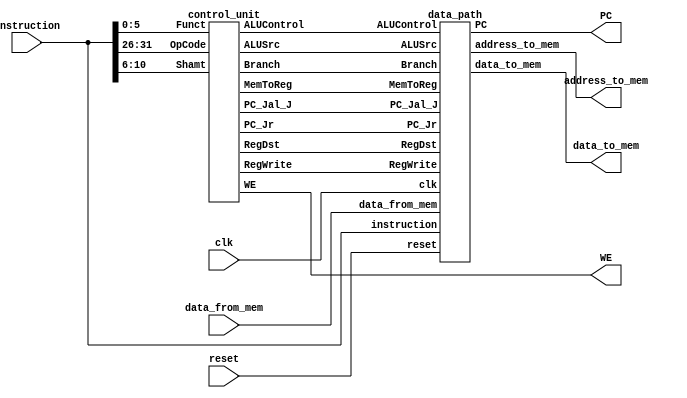
module processor( input         clk, reset,
                  output [31:0] PC,
                  input  [31:0] instruction,
                  output        WE,
                  output [31:0] address_to_mem,
                  output [31:0] data_to_mem,
                  input  [31:0] data_from_mem
                );

    wire 		PC_Jal_J;
    wire 		PC_Jr;
    wire 		Branch;
    wire 		RegWrite;
    wire 		MemToReg;
    wire 		RegDst;
    wire 		ALUSrc;
    wire [3:0]  ALUControl;

    control_unit control_inst(instruction[31:26], 
    						  instruction[5:0], 
    						  instruction[10:6], 
    						  PC_Jal_J, 
    						  PC_Jr, 
    						  Branch, 
    						  RegWrite, 
    						  MemToReg, 
    						  WE, 
    						  RegDst, 
    						  ALUSrc, 
    						  ALUControl);

    data_path  execution_inst(clk, 
    					      reset, 
    					      instruction, 
    					      data_from_mem, 
    					      ALUControl, 
    					      PC_Jal_J, 
    					      PC_Jr, 
    					      Branch, 
    					      RegWrite, 
    					      MemToReg, 
    					      RegDst, 
    					      ALUSrc, 
    					      PC, 
    					      address_to_mem, 
    					      data_to_mem);
endmodule


//-------------------------------------------------------------------
//control unit for control path - ok
module control_unit (input [5:0] OpCode,
					 input [5:0] Funct,
					 input [4:0] Shamt,
					 output reg PC_Jal_J, PC_Jr, Branch, RegWrite, MemToReg, WE, RegDst, ALUSrc,
					 output reg [3:0] ALUControl);
always @(OpCode or Funct or Shamt) begin
	case(OpCode)
		6'b000010 :	begin		//j - ok
			{PC_Jal_J, PC_Jr, Branch, RegWrite, WE, MemToReg, ALUSrc, ALUControl, RegDst} = 12'b100000000000;
		end

		6'b000011 :	begin		//jal - ok
			{PC_Jal_J, PC_Jr, Branch, RegWrite, WE, MemToReg, ALUSrc, ALUControl, RegDst} = 12'b100100000000;
		end

		6'b000111 :	begin		//jr - ok
			{PC_Jal_J, PC_Jr, Branch, RegWrite, WE, MemToReg, ALUSrc, ALUControl, RegDst} = 12'b010000000000;
		end

		6'b000100 :	begin		//beq - ok
			{PC_Jal_J, PC_Jr, Branch, RegWrite, WE, MemToReg, ALUSrc, ALUControl, RegDst} = 12'b001000001100;
		end

		6'b100011 :	begin		//lw - ok
			{PC_Jal_J, PC_Jr, Branch, RegWrite, WE, MemToReg, ALUSrc, ALUControl, RegDst} = 12'b000101100100;
		end

		6'b101011 :	begin		//sw - ok
			{PC_Jal_J, PC_Jr, Branch, RegWrite, WE, MemToReg, ALUSrc, ALUControl, RegDst} = 12'b000010100100;
		end

		6'b001000 :	begin		//addi - ok
			{PC_Jal_J, PC_Jr, Branch, RegWrite, WE, MemToReg, ALUSrc, ALUControl, RegDst} = 12'b000100100100;
		end

		6'b011111 :	begin		//.qb - ok
			if (Funct == 6'b010000) begin
				case (Shamt) 
					5'b00000 : begin 		//addu - ok
						{PC_Jal_J, PC_Jr, Branch, RegWrite, WE, MemToReg, ALUSrc, ALUControl, RegDst} = 12'b000100010001;
					end

					5'b00100 : begin 		//addu_s - ok
						{PC_Jal_J, PC_Jr, Branch, RegWrite, WE, MemToReg, ALUSrc, ALUControl, RegDst} = 12'b000100010011;
					end

					default : begin 	    //ERROR || nop - ok
						{PC_Jal_J, PC_Jr, Branch, RegWrite, WE, MemToReg, ALUSrc, ALUControl, RegDst} = 12'b000000000000;
					end
				endcase					
			end else begin 		//ERROR || nop - ok
				{PC_Jal_J, PC_Jr, Branch, RegWrite, WE, MemToReg, ALUSrc, ALUControl, RegDst} = 12'b000000000000;
			end
		end

		6'b000000 :	begin		//R - ok
			case (Funct) 
				6'b100000 : begin 		//add - ok
					{PC_Jal_J, PC_Jr, Branch, RegWrite, WE, MemToReg, ALUSrc, ALUControl, RegDst} = 12'b000100000101;
				end

				6'b100010 : begin 		//sub - ok
					{PC_Jal_J, PC_Jr, Branch, RegWrite, WE, MemToReg, ALUSrc, ALUControl, RegDst} = 12'b000100001101;
				end 

				6'b100100 : begin 		//and - ok
					{PC_Jal_J, PC_Jr, Branch, RegWrite, WE, MemToReg, ALUSrc, ALUControl, RegDst} = 12'b000100000001;
				end

				6'b100101 : begin 		//or - ok
					{PC_Jal_J, PC_Jr, Branch, RegWrite, WE, MemToReg, ALUSrc, ALUControl, RegDst} = 12'b000100000011;
				end

				6'b101010 : begin 		//slt - ok
					{PC_Jal_J, PC_Jr, Branch, RegWrite, WE, MemToReg, ALUSrc, ALUControl, RegDst} = 12'b000100001111;
				end

				6'b000100 : begin 		//sllv - ok
					{PC_Jal_J, PC_Jr, Branch, RegWrite, WE, MemToReg, ALUSrc, ALUControl, RegDst} = 12'b000100010101;
				end

				6'b000110 : begin 		//srlv - ok
					{PC_Jal_J, PC_Jr, Branch, RegWrite, WE, MemToReg, ALUSrc, ALUControl, RegDst} = 12'b000100010111;
				end	
				
				6'b000111 : begin 		//srav - ok
					{PC_Jal_J, PC_Jr, Branch, RegWrite, WE, MemToReg, ALUSrc, ALUControl, RegDst} = 12'b000100011001;
				end

				default : begin 		//ERROR || nop - ok
					{PC_Jal_J, PC_Jr, Branch, RegWrite, WE, MemToReg, ALUSrc, ALUControl, RegDst} = 12'b000000000000;
				end	
			endcase
		end

		default : begin 	    //ERROR || nop - ok
			{PC_Jal_J, PC_Jr, Branch, RegWrite, WE, MemToReg, ALUSrc, ALUControl, RegDst} = 12'b000000000000;
		end
	endcase	
end
endmodule

//-------------------------------------------------------------------
//control unit for data path - ?
module data_path (input  		clk, reset,
				  input  [31:0] instruction,
				  input  [31:0] data_from_mem,
				  input  [3:0]  ALUControl,
				  input         PC_Jal_J, PC_Jr, Branch, RegWrite, MemToReg, RegDst, ALUSrc,
				  output [31:0] PC,
				  output [31:0] address_to_mem,
				  output [31:0] data_to_mem);
wire 		PC_Beq;
wire 		Zero;
wire [31:0] SrcA;
wire [31:0] SrcB;
wire [31:0] PC_Jal_J_v;
wire [31:0] PC_Beq_v;
wire [31:0] PCPlus4;
wire [31:0] PCNext;
wire [31:0] ExtData;
wire [31:0] ExtData4;
wire [31:0] Resault;
wire [31:0] WD3;
wire [4:0]  A3;
wire [4:0]  A3Dst;

alu 			alu32bit   (ALUControl, 			//ALUControl
							SrcA, 					//SrcA
							SrcB, 					//SrcB
							address_to_mem, 		//ALUResult
							Zero);					//Zero

file_register 	registers  (WD3, 					//WriteData_3
							instruction[25:21], 	//A1
							instruction[20:16], 	//A2
							A3, 					//A3
							RegWrite, 				//WriteEnable_3
							clk, 					//clk
							SrcA, 					//RegistrData_1
							data_to_mem);			//RegistrData_2

summator_32    PCsummator  (PC,									  	//Data_0
							32'b00000000000000000000000000000100, 	//Data_1	
							PCPlus4);								//ReturnData

summator_32   BEQsummator  (ExtData4,								//Data_0 
							PCPlus4, 								//Data_1
							PC_Beq_v);								//ReturnData

and_1x1        andBeqZero  (Zero, 			//Data_0
							Branch, 		//Data_1
							PC_Beq);    	//ReturnData

pc_jal_j  PC_Jal_J_vector  (PCPlus4[31:28],  		//PcLeft_4
							instruction[25:0],		//Imm_26 
							PC_Jal_J_v);			//Pc_Jal_J

sign_ext       signed_ext  (instruction[15:0], 		//imm_16
							ExtData);				//imm_32

left_shift_2  	     ls_2  (ExtData, 				//InputNum
							ExtData4);				//OutputNum

mux_5_5      mux_WriteDst  (RegDst,					//Control
							instruction[20:16],		//Data_0
							instruction[15:11],		//Data_1
							A3Dst);					//ReturnData

mux_5_5 mux_WriteJalOrDst  (PC_Jal_J,				//Control
							A3Dst,					//Data_0
							5'b11111,				//Data_1
							A3);					//ReturnData

mux_32_32 mux_WriteDataReg (PC_Jal_J,				//Control
							Resault,				//Data_0
							PCPlus4,				//Data_1
							WD3);					//ReturnData

mux_32_32      mux_ALUSrc  (ALUSrc,					//Control
							data_to_mem,			//Data_0
							ExtData,				//Data_1
							SrcB);					//ReturnData

mux_32_32    mux_MemToReg  (MemToReg,				//Control
							address_to_mem,			//Data_0
							data_from_mem,			//Data_1
							Resault);				//ReturnData

mux_PC		mux_PCounter   (PC_Jr,					//jr
							PC_Jal_J,				//jal_j
							PC_Beq,					//beq
							SrcA,					//jr_pc
							PC_Jal_J_v,				//jal_j_pc
							PC_Beq_v,				//beq_pc
							PCPlus4,				//pointer_pc
							PCNext);				//Ret_pc

PCounter   CounterControl  (PCNext,					//newPC
							clk,					//clk
							reset,					//reset
							PC);					//PC

endmodule

//-------------------------------------------------------------------
//alu controller - ok
module alu (input 	   [3:0]  ALUControl,
            input 	   [31:0] SrcA, SrcB,
            output reg [31:0] ALUResult,
            output reg 		  Zero );

	//SrcA == s
	//SrcA == t

    always @(ALUControl or SrcA or SrcB) begin
    	case(ALUControl) 
    		4'b0010 : begin 					//ADD - ok
    			ALUResult = SrcA + SrcB;
    		end
    		
    		4'b0110 : begin 					//SUB - ok
    			ALUResult = SrcA - SrcB;
    		end
    		
    		4'b0000 : begin 					//AND - ok
    			ALUResult = SrcA & SrcB;
    		end
    		
			4'b0001 : begin 					//OR - ok
    			ALUResult = SrcA | SrcB;
    		end
    		
    		4'b0111 : begin 					//SLT - ok
    			if (SrcA < SrcB) begin
    				ALUResult = 32'b00000000000000000000000000000001;
    			end else begin
    				ALUResult = 32'b00000000000000000000000000000000;
    			end
    		end
    		
    		4'b1000 : begin 					//ADDU.QB - ok
    			ALUResult[7:0]   = SrcA[7:0]   + SrcB[7:0];
    			ALUResult[15:8]  = SrcA[15:8]  + SrcB[15:8];
    			ALUResult[23:16] = SrcA[23:16] + SrcB[23:16];
    			ALUResult[31:24] = SrcA[31:24] + SrcB[31:24];
    		end

    		4'b1001 : begin 					//ADDU_S.QB - ok
				ALUResult[7:0] = SrcA[6:0] + SrcB[6:0];
				if ((ALUResult[7] && (SrcA[7] || SrcB[7])) || (!ALUResult[7] && SrcA[7] && SrcB[7])) begin
					ALUResult[7:0] = 8'b11111111;
				end else begin
					ALUResult[7] = ALUResult[7] + SrcA[7] + SrcB[7];
				end

				ALUResult[15:8] = SrcA[14:8] + SrcB[14:8];
				if ((ALUResult[15] && (SrcA[15] || SrcB[15])) || (!ALUResult[15] && SrcA[15] && SrcB[15])) begin
					ALUResult[15:8] = 8'b11111111;
				end else begin
					ALUResult[15] = ALUResult[15] + SrcA[15] + SrcB[15];
				end

				ALUResult[23:16] = SrcA[22:16] + SrcB[22:16];
				if ((ALUResult[23] && (SrcA[23] || SrcB[23])) || (!ALUResult[23] && SrcA[23] && SrcB[23])) begin
					ALUResult[23:16] = 8'b11111111;
				end else begin
					ALUResult[23] = ALUResult[23] + SrcA[23] + SrcB[23];
				end

				ALUResult[31:24] = SrcA[31:24] + SrcB[31:24];
				if ((ALUResult[31] && (SrcA[31] || SrcB[31])) || (!ALUResult[31] && SrcA[31] && SrcB[31])) begin
					ALUResult[31:24] = 8'b11111111;
				end else begin
					ALUResult[31] = ALUResult[31] + SrcA[31] + SrcB[31];
				end
    		end

    		4'b1010 : begin 					//SLLV - ok
    			ALUResult = SrcB << (SrcA[4:0]);	
    		end

    		4'b1011 : begin 					//SRLV - ok
				ALUResult = SrcB >> (SrcA[4:0]);
    		end

    		4'b1100 : begin 					//SRAV - ok
    			case(SrcA[4:0]) 
    			5'b00000 : ALUResult = SrcB;
    			5'b00001 : ALUResult = {{1{SrcB[31]}},  SrcB[31:1]};
    			5'b00010 : ALUResult = {{2{SrcB[31]}},  SrcB[31:2]};
    			5'b00011 : ALUResult = {{3{SrcB[31]}},  SrcB[31:3]};
    			5'b00100 : ALUResult = {{4{SrcB[31]}},  SrcB[31:4]};
    			5'b00101 : ALUResult = {{5{SrcB[31]}},  SrcB[31:5]};
    			5'b00110 : ALUResult = {{6{SrcB[31]}},  SrcB[31:6]};
    			5'b00111 : ALUResult = {{7{SrcB[31]}},  SrcB[31:7]};
    			5'b01000 : ALUResult = {{8{SrcB[31]}},  SrcB[31:8]};
    			5'b01001 : ALUResult = {{9{SrcB[31]}},  SrcB[31:9]};
    			5'b01010 : ALUResult = {{10{SrcB[31]}}, SrcB[31:10]};
    			5'b01011 : ALUResult = {{11{SrcB[31]}}, SrcB[31:11]};
    			5'b01100 : ALUResult = {{12{SrcB[31]}}, SrcB[31:12]};
    			5'b01101 : ALUResult = {{13{SrcB[31]}}, SrcB[31:13]};
    			5'b01110 : ALUResult = {{14{SrcB[31]}}, SrcB[31:14]};
    			5'b01111 : ALUResult = {{15{SrcB[31]}}, SrcB[31:15]};
    			5'b10000 : ALUResult = {{16{SrcB[31]}}, SrcB[31:16]};
    			5'b10001 : ALUResult = {{17{SrcB[31]}}, SrcB[31:17]};
    			5'b10010 : ALUResult = {{18{SrcB[31]}}, SrcB[31:18]};
    			5'b10011 : ALUResult = {{19{SrcB[31]}}, SrcB[31:19]};
    			5'b10100 : ALUResult = {{20{SrcB[31]}}, SrcB[31:20]};
    			5'b10101 : ALUResult = {{21{SrcB[31]}}, SrcB[31:21]};
    			5'b10110 : ALUResult = {{22{SrcB[31]}}, SrcB[31:22]};
    			5'b10111 : ALUResult = {{23{SrcB[31]}}, SrcB[31:23]};
    			5'b11000 : ALUResult = {{24{SrcB[31]}}, SrcB[31:24]};
    			5'b11001 : ALUResult = {{25{SrcB[31]}}, SrcB[31:25]};
    			5'b11010 : ALUResult = {{26{SrcB[31]}}, SrcB[31:26]};
    			5'b11011 : ALUResult = {{27{SrcB[31]}}, SrcB[31:27]};
    			5'b11100 : ALUResult = {{28{SrcB[31]}}, SrcB[31:28]};
    			5'b11101 : ALUResult = {{29{SrcB[31]}}, SrcB[31:29]};
    			5'b11110 : ALUResult = {{30{SrcB[31]}}, SrcB[31:30]};
    			5'b11111 : ALUResult = {{31{SrcB[31]}}, SrcB[31]};
    			default  : ALUResult = {{31{SrcB[31]}}, SrcB[31]};
    			endcase
    		end

    		default : begin
    			ALUResult[31:0] = 32'b00000000000000000000000000000000;
    		end
    	endcase
    end

    always @(ALUResult) begin
    	if (ALUResult == 0) begin
    		Zero = 1'b1;
    	end else begin
    		Zero = 1'b0;
    	end
    end
endmodule

//-------------------------------------------------------------------
//file register - ok
module file_register (input 	 [31:0] WriteData_3,
					  input 	 [4:0]  A1, A2, A3,
					  input 			WriteEnable_3, clk,		
					  output reg [31:0] RegistrData_1, RegistrData_2);

	reg [31:0] register[31:0];
	
	initial begin
		register[0]  = 32'h00000000;		// $0  - zero
		register[1]  = 32'h00000000;		// $1  - at
		register[2]  = 32'h00000000;		// $2  - v0 (function return)	
		register[3]  = 32'h00000000;		// $3  - v1 (function return)
		register[4]  = 32'h00000000;		// $4  - a0 (function arg)
		register[5]  = 32'h00000000;		// $5  - a1 (function arg)
		register[6]  = 32'h00000000;		// $6  - a2 (function arg)
		register[7]  = 32'h00000000;		// $7  - a3 (function arg)
		register[8]  = 32'h00000000;		// $8  - t0	(tmp)
		register[9]  = 32'h00000000;		// $9  - t1	(tmp)
		register[10] = 32'h00000000;		// $10 - t2	(tmp)
		register[11] = 32'h00000000;		// $11 - t3	(tmp)
		register[12] = 32'h00000000;		// $12 - t4	(tmp)
		register[13] = 32'h00000000;		// $13 - t5	(tmp)
		register[14] = 32'h00000000;		// $14 - t6	(tmp)
		register[15] = 32'h00000000;		// $15 - t7	(tmp)
		register[16] = 32'h00000000;		// $16 - s0 (saved tmp)
		register[17] = 32'h00000000;		// $17 - s1 (saved tmp)
		register[18] = 32'h00000000;		// $18 - s2 (saved tmp)
		register[19] = 32'h00000000;		// $19 - s3 (saved tmp)
		register[20] = 32'h00000000;		// $20 - s4 (saved tmp)
		register[21] = 32'h00000000;		// $21 - s5 (saved tmp)
		register[22] = 32'h00000000;		// $22 - s6 (saved tmp)
		register[23] = 32'h00000000;		// $23 - s7 (saved tmp)
		register[24] = 32'h00000000;		// $24 - t8	(tmp)
		register[25] = 32'h00000000;		// $25 - t9	(tmp)
		register[26] = 32'h00000000;		// $26 - k0 (reserved for kernel)
		register[27] = 32'h00000000;		// $27 - k1 (reserved for kernel)
		register[28] = 32'h00000000;		// $28 - gp (global pointer)
		register[29] = 32'h00004000;		// $29 - sp (stack pointer)
		register[30] = 32'h00000000;		// $30 - fp (frame pointer)
		register[31] = 32'h00000000;		// $31 - ra (return address)
	end

	always @(A1 or A2) begin
		RegistrData_1 = register[A1];
		RegistrData_2 = register[A2];
	end

	always @(posedge clk) begin
		if (WriteEnable_3 && A3 != 0) begin
			register[A3] = WriteData_3;
		end
	end
endmodule

//-------------------------------------------------------------------
//summator 32bit - ok
module summator_32 (input 	[31:0] Data_0, Data_1,
					output  [31:0] ReturnData);

	assign ReturnData = Data_1 + Data_0;
endmodule

//-------------------------------------------------------------------
//and 1bit & 1bit - ok
module and_1x1 (input 	   Data_0, Data_1, 
				output reg ReturnData);

	always @(Data_0 or Data_1) begin
		ReturnData = Data_1 & Data_0;
	end
endmodule

//-------------------------------------------------------------------
//calculate PC for jal - ok
module pc_jal_j (input 		[3:0]  PcLeft_4,
				 input 		[25:0] Imm_26,
				 output reg [31:0] Pc_Jal_J);
	
	always @(*) begin
		Pc_Jal_J = {PcLeft_4[3:0], Imm_26[25:0], {2{1'b0}}};
	end
endmodule

//-------------------------------------------------------------------
//signed ext - ok
module sign_ext (input 		[15:0] imm_16,
				 output reg [31:0] imm_32);

always @(imm_16) begin
	if (imm_16[15] == 1) begin
		imm_32 = 32'b11111111111111110000000000000000 + imm_16;
	end else begin
		imm_32 = 32'b00000000000000000000000000000000 + imm_16;
	end
end
endmodule

//-------------------------------------------------------------------
//<<2 - ok
module left_shift_2 (input 		[31:0] InputNum,
					 output reg [31:0] OutputNum);
	
	always @(InputNum) begin
		OutputNum = {InputNum[29:0], {2'b00}};
	end
endmodule

//-------------------------------------------------------------------
//multiplexer 5bit x 2 - ok
module mux_5_5 (input 			  Control,
				input 		[4:0] Data_0, Data_1,
				output reg  [4:0] ReturnData);

	always @(Data_0 or Data_1 or Control) begin
		if (Control == 0) begin
			ReturnData = Data_0;
		end else begin
			ReturnData = Data_1;
		end
	end
endmodule

//-------------------------------------------------------------------
//multiplexer 32bit x 2 - ok
module mux_32_32 (input 			Control,
				  input 	 [31:0] Data_0, Data_1,
				  output reg [31:0] ReturnData);

	always @(Control or Data_0 or Data_1) begin
		if (Control == 0) begin
			ReturnData = Data_0;	
		end else begin
			ReturnData = Data_1;
		end
	end
endmodule

//-------------------------------------------------------------------
//multiplexer for PC - ok 
module mux_PC (input 	   		 jr, jal_j, beq,
			   input 	  [31:0] jr_pc, jal_j_pc, beq_pc, pointer_pc, 
			   output reg [31:0] ret_pc);
	always @(*) begin
		if (jr == 1) begin
			ret_pc = jr_pc;
		end else if (jal_j == 1) begin
			ret_pc = jal_j_pc;
		end else if (beq == 1) begin
			ret_pc = beq_pc;
		end else begin
			ret_pc = pointer_pc;
		end
	end
endmodule

//-------------------------------------------------------------------
//PC module - ok
module PCounter (input 		[31:0] newPC,
				 input 			   clk, reset,
				 output reg [31:0] PC);

initial begin
	PC = 32'b00000000000000000000000000000000;
end

always @(posedge clk) begin
	if (reset) begin
		PC = 32'b00000000000000000000000000000000;
	end
	else begin
		PC = newPC;
	end
end
endmodule